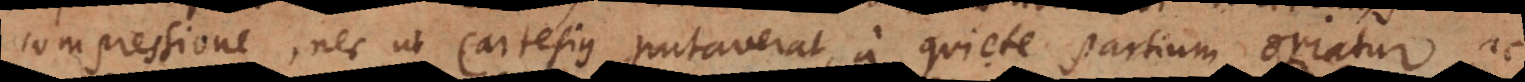
compressione, nec ut Cartesius putaverat, a quiete partium oriatur,